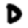
Digit: 0